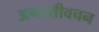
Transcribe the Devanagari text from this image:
अगस्तीवचन